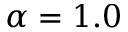
\alpha = 1 . 0